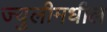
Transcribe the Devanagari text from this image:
ज्युलीमधील